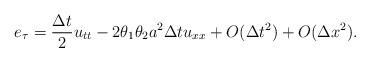
LaTeX: \begin{align*}e_{\tau}=\dfrac{\Delta t}{2}u_{tt} - 2 \theta_1 \theta_2 a^2 \Delta t u_{xx} +O(\Delta t^2) + O(\Delta x^2). \end{align*}